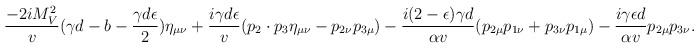
\begin{align*}\frac{-2iM_V^2}{v} (\gamma d-b-\frac{\gamma d \epsilon}{2})\eta_{\mu \nu} +\frac{i\gamma d \epsilon}{v} (p_2\cdot p_3 \eta_{\mu\nu}-p_{2\nu}p_{3\mu})-\frac{i(2-\epsilon)\gamma d }{\alpha v} (p_{2\mu} p_{1\nu}+p_{3\nu}p_{1\mu})-\frac{i\gamma\epsilon d}{\alpha v} p_{2\mu}p_{3\nu}.\end{align*}